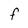
Character: f